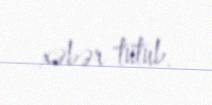
xəbər tutub.